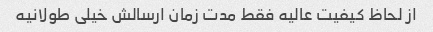
از لحاظ کیفیت عالیه فقط مدت زمان ارسالش خیلی طولانیه